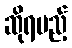
ဆိုရမည့်